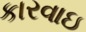
કારવાઇ